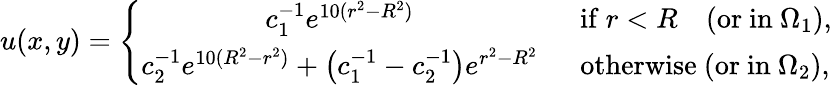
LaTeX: u(x,y)=\left\{ \begin{array}{cl}{c_{1}^{-1}e^{10(r^{2}-R^{2})}\ \ }&{\mathrm{if}\ r<R\ \ \ \ (\mathrm{or~in}\ \Omega_{1}),}\\ {c_{2}^{-1}e^{10(R^{2}-r^{2})}+\big(c_{1}^{-1}-c_{2}^{-1}\big)e^{r^{2}-R^{2}}\ \ }&{\mathrm{otherwise}\ (\mathrm{or~in}\ \Omega_{2}),}\end{array}\right.